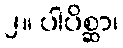
၂။ ပါပိစ္ဆာ၊